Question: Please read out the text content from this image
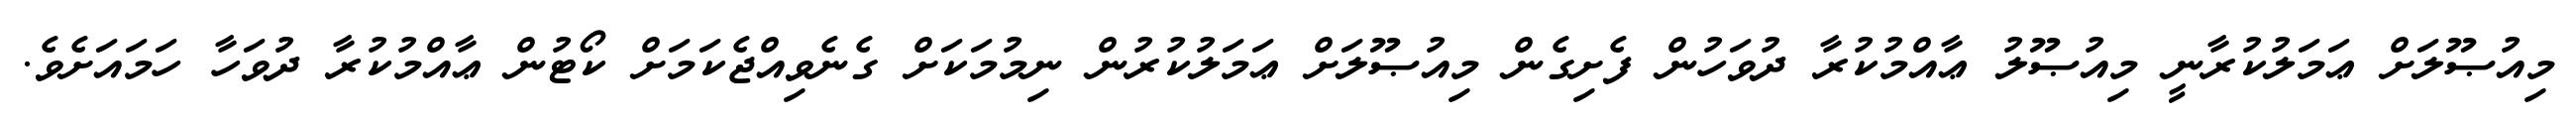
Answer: މިއުޞޫލަށް ޢަމަލުކުރާނީ މިއުޞޫލު ޢާއްމުކުރާ ދުވަހުން ފެށިގެން މިއުޞޫލަށް ޢަމަލުކުރުން ނިމުމަކަށް ގެނެވިއްޖެކަމަށް ކޯޓުން ޢާއްމުކުރާ ދުވަހާ ހަމައަށެވެ.